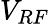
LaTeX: V_{RF}